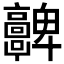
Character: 𩫮